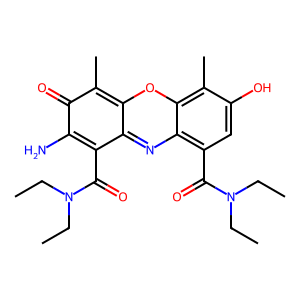
SMILES: CCN(CC)C(=O)c1c2nc3c(C(=O)N(CC)CC)cc(O)c(C)c3oc-2c(C)c(=O)c1N
Inhibits HIV replication: No